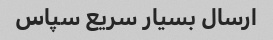
ارسال بسیار سریع سپاس